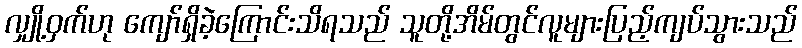
လျှို့ဝှက်ဟု ကျော်ရှိခဲ့ကြောင်းသိရသည် သူတို့အိမ်တွင်လူများပြည့်ကျပ်သွားသည်